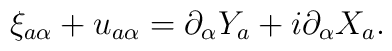
\xi_{a \alpha}+u_{a \alpha} =\partial_\alpha Y_a +i\partial_\alpha X_a .